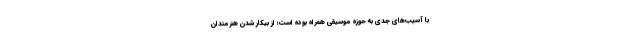
با آسیب‌های جدی به حوزه موسیقی همراه بوده است؛ از بیکار شدن هنرمندان